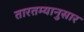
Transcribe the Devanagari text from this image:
तारतम्यानुसार